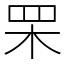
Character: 䍒